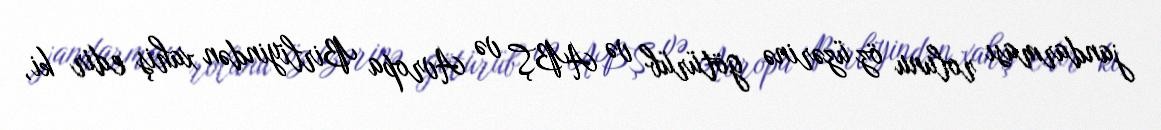
jandarması rolunu öz üzərinə götürüb və ABŞ və Avropa Birliyindən xahiş edir ki,